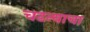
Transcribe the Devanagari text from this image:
चढन्याचा